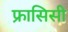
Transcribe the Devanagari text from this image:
फ्रासिसी